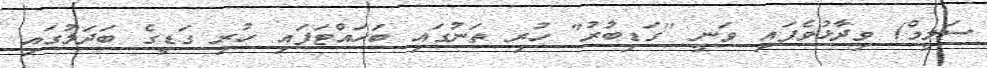
ސަލީމް) ވިދާޅުވެފައި ވަނީ "ގަޑިބުރު" ހުރި ތަނުގައި ބަހައްޓަފައި ހުރި ގަޑީގެ ބަދަލުގައި